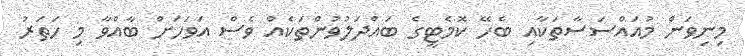
މިނިވަން މުއައްސަސާތަކާއި ބެހޭ ކޮމެޓީގެ ބައްދަލުވުންތަކެއް ވެސް އަވަހަށް ބާއްވާ މި ހަތަރު